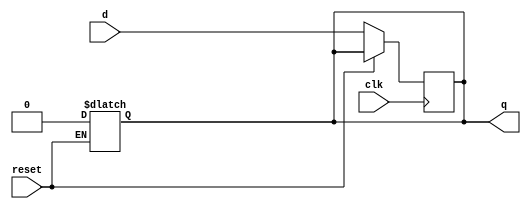
`timescale 1ns / 1ps
//////////////////////////////////////////////////////////////////////////////////
// Company: 
// Engineer: 
// 
// Design Name: 
// Module Name: FF-D_ASINCRONO
// Project Name: 
// Target Devices: 
// Tool Versions: 
// Description: 
// 
// Dependencies: 
// 
// Revision:
// Revision 0.01 - File Created
// Additional Comments:
// 
//////////////////////////////////////////////////////////////////////////////////


module FFD_ASINCRONO(
//---------I/O---------
    input d,reset,clk,
    output reg q
    );
//Declaracion de seales internas

//Cuerpo del modulo
    always@(reset)
        begin
            if(reset == 1'b1)
                q = 0;
        end //always
    
    always@(posedge clk)
        begin
            if(reset == 1'b0)
                q = d;
        end //end always
   
endmodule